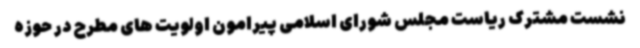
نشست مشترک ریاست مجلس شورای اسلامی پیرامون اولویت های مطرح در حوزه